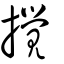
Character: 攪